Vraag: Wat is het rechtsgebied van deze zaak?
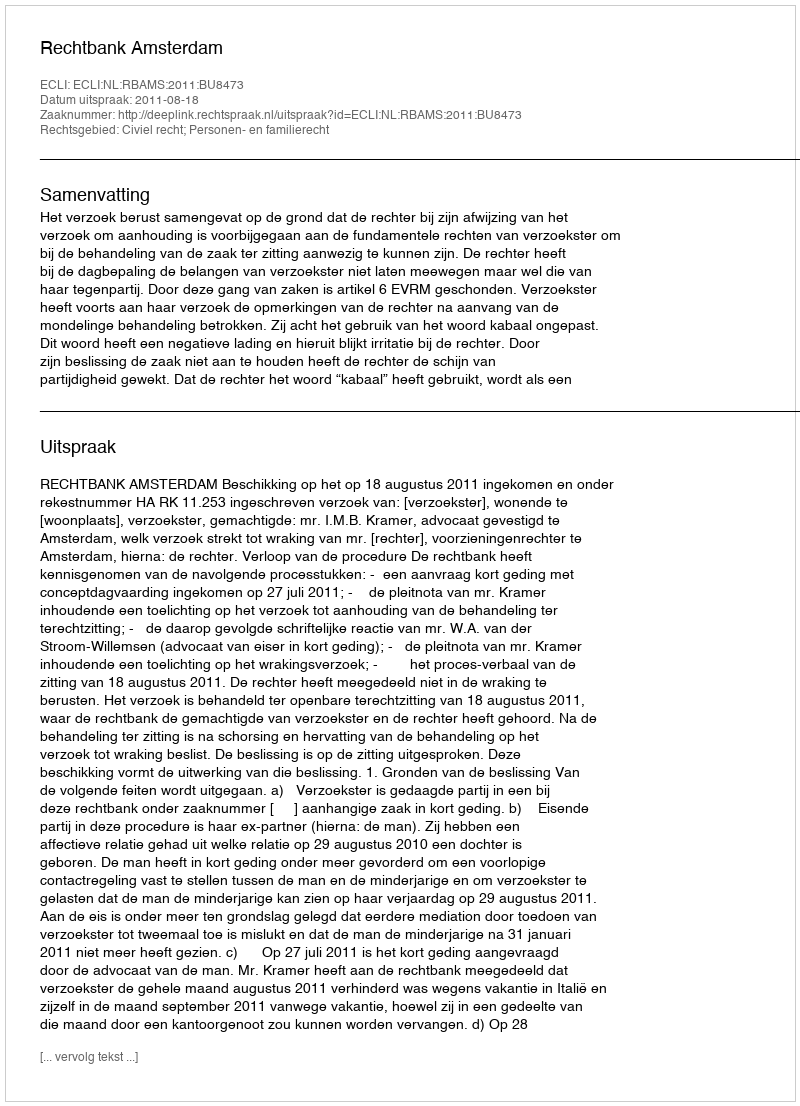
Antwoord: Civiel recht; Personen- en familierecht